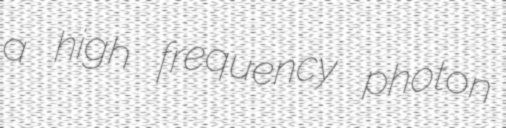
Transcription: a high frequency photon